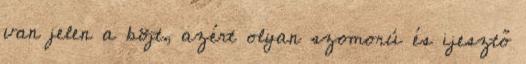
van jelen a böjt, azért olyan szomorú és ijesztő